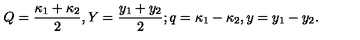
Q = { \frac { \kappa _ { 1 } + \kappa _ { 2 } } { 2 } } , Y = { \frac { y _ { 1 } + y _ { 2 } } { 2 } } ; q = \kappa _ { 1 } - \kappa _ { 2 } , y = y _ { 1 } - y _ { 2 } .